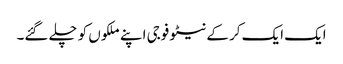
ایک ایک کر کے نیٹو فوجی اپنے ملکوں کو چلے گئے۔